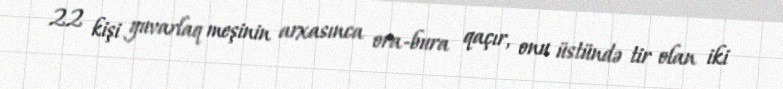
22 kişi yuvarlaq meşinin arxasınca ora-bura qaçır, onu üstündə tir olan iki